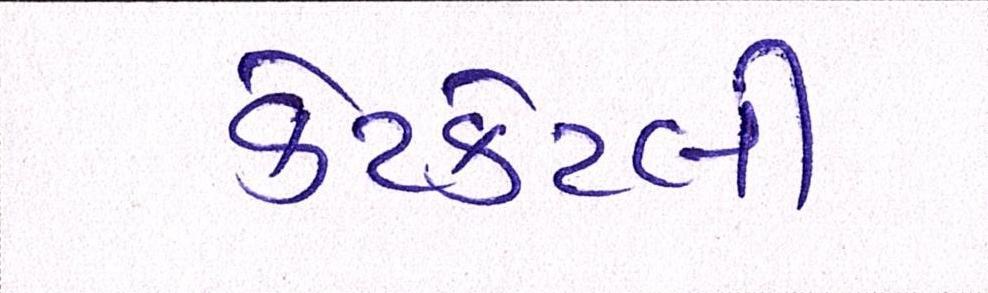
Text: કેટકેટલી